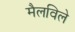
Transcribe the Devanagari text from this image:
मैलविले